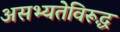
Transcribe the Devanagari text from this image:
असभ्यतेविरूद्ध